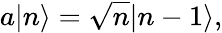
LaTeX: a|n\rangle={\sqrt{n}}|n-1\rangle,